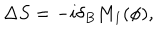
\Delta S = - i \delta _ { B } M _ { 1 } ( \phi ) ,